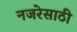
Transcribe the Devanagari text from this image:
नजरेसाठी